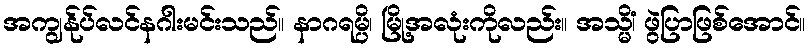
အကျွန်ုပ်လင်နဂါးမင်းသည်။ နာဂရမ္ပိ၊ မြို့အလုံးကိုလည်း။ အသ္မိံ၊ ဖွဲပြာဖြစ်အောင်။